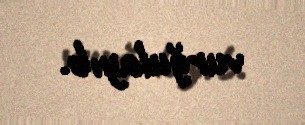
vurğulayıb.